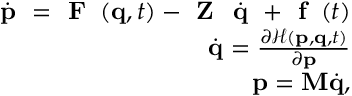
\begin{array} { r } { \dot { \textbf { p } } = \textbf { F } \left( \mathbf { q } , t \right) - \textbf { Z } \dot { \textbf { q } } + \textbf { f } \left( t \right) } \\ { \dot { \mathbf { q } } = \frac { \partial \mathcal { H } \left( \mathbf { p } , \mathbf { q } , t \right) } { \partial \mathbf { p } } } \\ { \mathbf { p } = \mathbf { M } \dot { \mathbf { q } } , } \end{array}